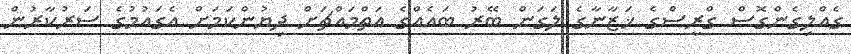
ގެއްލިގެންގޮސް ގްރީސްގެ ޚަޒާނާގެ ލަގަން ބޭރު ބައެއްގެ އަތްމައްޗަށް ދިޔުންކަމަށް އެގައުމުގެ ސަރުކާރުން